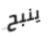
ينبح